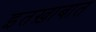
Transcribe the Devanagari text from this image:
इतख़ाबात